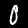
Label: 0